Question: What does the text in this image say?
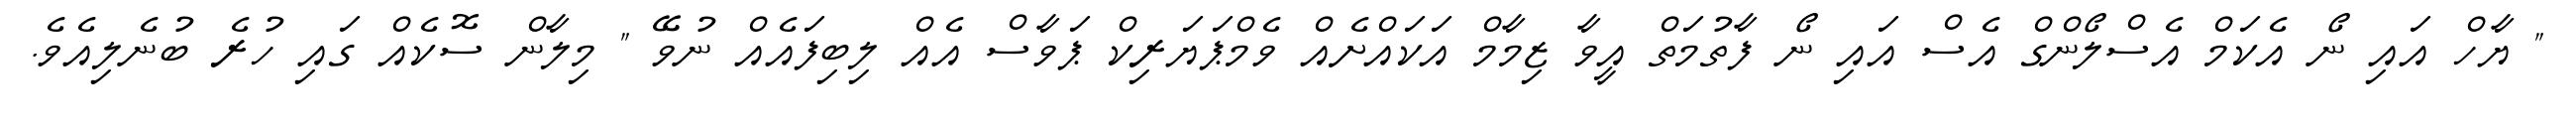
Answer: " ޔާހް އައި ނޯ އެކަމް އެސްލޯންގް އެސް އައި ނޯ ފާތުމަތް އީވާ ޒިމާމް އަކައްށެއް ވެމްޕަޔަރިކް ޕަވާސް އެއް ލިބިފައެއް ނުވޭ " މިލާން ސޮކެއް ގައި ހުރެ ބުނެލިއެވެ.